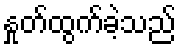
နှုတ်ထွက်ခဲ့သည်